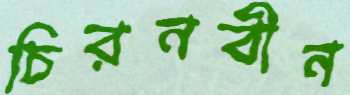
চিরনবীন